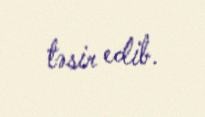
təsir edib.